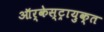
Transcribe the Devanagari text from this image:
ऑर्केस्ट्रायुक्त